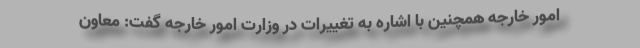
امور خارجه همچنین با اشاره به تغییرات در وزارت امور خارجه گفت: معاون